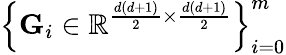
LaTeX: \left\{ {\mathbf G}_{i}\in\mathbb{R}^{\frac{d\left(d+1\right)}{2}\times\frac{d\left(d+1\right)}{2}}\right\} _{i=0}^{m}